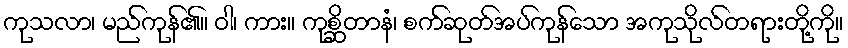
ကုသလာ၊ မည်ကုန်၏။ ဝါ၊ ကား။ ကုစ္ဆိတာနံ၊ စက်ဆုတ်အပ်ကုန်သော အကုသိုလ်တရားတို့ကို။